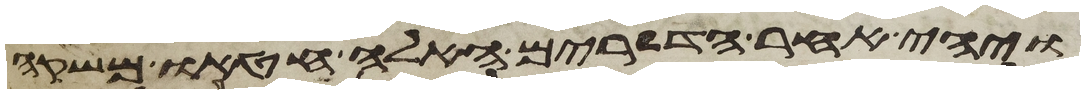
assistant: ויהי אחר הדברים האלה חטאו משקה